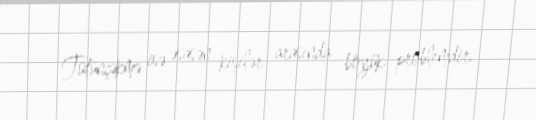
Tütünçəkmə isə əsasən kişilər arasında böyük problemdir.